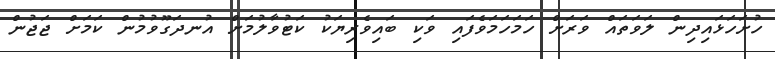
ހުށަހަޅައިދިން ލަވަތައް ވަރަށް ހަމަހަމަވެފައި ވަކި ބައިވެރިޔަކު ކަޓުވާލުމަށް އުނދަގޫވުމުން ކަމަށް ޖަޖުން